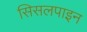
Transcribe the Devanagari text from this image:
सिसलपाइन